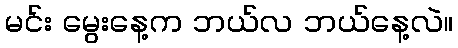
မင်း မွေးနေ့က ဘယ်လ ဘယ်နေ့လဲ။